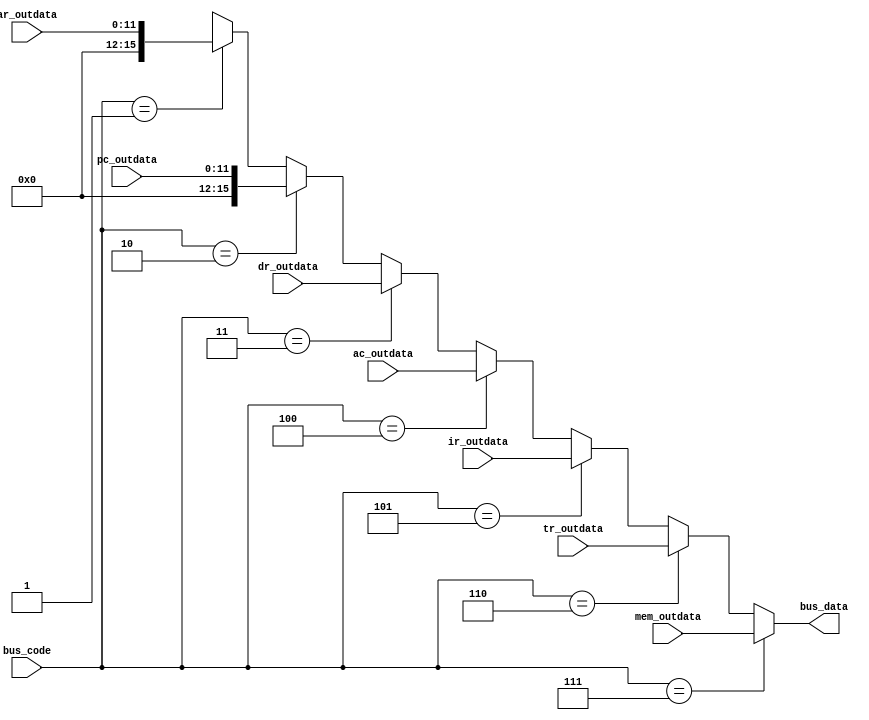
`timescale 1ns / 1ps
//////////////////////////////////////////////////////////////////////////////////
// Company: Ceng232 Summer Project
// 
// Revision: 
// Revision 0.01 - File Created
// Additional Comments: 
//
//////////////////////////////////////////////////////////////////////////////////
module buschooser(
    input [2:0] bus_code,
    input [11:0] ar_outdata,
    input [11:0] pc_outdata,
    input [15:0] dr_outdata,
    input [15:0] ac_outdata,
    input [15:0] ir_outdata,
    input [15:0] tr_outdata,
    input [15:0] mem_outdata,
    output [15:0] bus_data
    );
	 
	
	assign bus_data[15:0]= (bus_code==3'b111) ? mem_outdata[15:0] : 
									((bus_code==3'b110) ? tr_outdata[15:0] : 
									((bus_code==3'b101) ? ir_outdata[15:0] :
									((bus_code==3'b100) ? ac_outdata[15:0] : 
									((bus_code==3'b011) ? dr_outdata[15:0] :
									((bus_code==3'b010) ? {4'b0000, pc_outdata[11:0]} :
									((bus_code==3'b001) ? {4'b0000, ar_outdata[11:0]} : 16'bxxxxxxxxxxxxxxxx ))))));									
	
	
	
		/*case (bus_code)
			3'b111:
				begin
					assign bus_data=mem_outdata;
					//CHECK WHETHER THIS WORKS WITHOUT ADRESS!!!
				end
			3'b110:
				begin
					assign bus_data=tr_outdata;
				end
			3'b101:
				begin
					 assign bus_data=ir_outdata;
				end	
			3'b100:
				begin
					 assign bus_data=ac_outdata;
				end
			3'b011:
				begin
					 assign bus_data=dr_outdata;
				end
			3'b010:
				begin
					 assign bus_data[15:12]=4'b0000;
					 assign bus_data[11:0]=pc_outdata;
				end
			3'b001:
				begin
					 assign bus_data[15:12]=4'b0000;
					 assign bus_data[11:0]=ar_outdata;
				end
			3'b000:
				begin
					 assign bus_data=15'b000000000000000;
				end				
		endcase */
	
endmodule